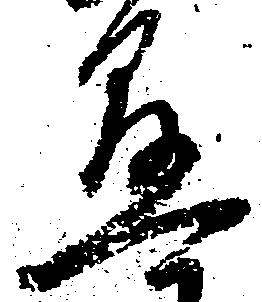
懸